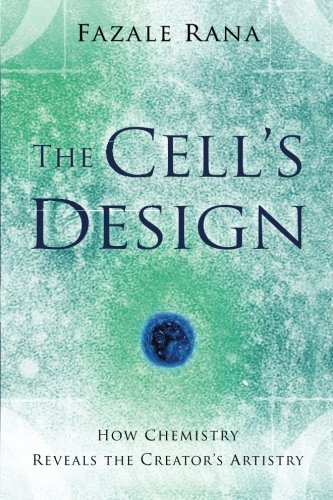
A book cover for The Cell's Design: How Chemistry Reveals the Creator's Artistry; Fazale Rana; Christian Books & Bibles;